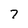
Character: 7